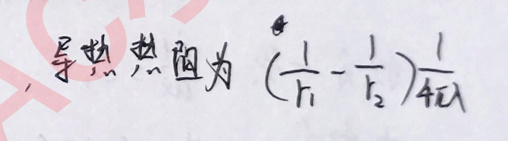
导热热阻为\((\frac{1}{r_1}-\frac{1}{r_2})\frac{1}{4\pi\lambda}\)